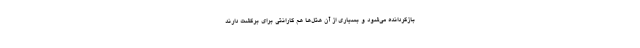
بازگردانده می‌شود و بسیاری از آن هتل‌ها هم گارانتی برای برگشت دارند